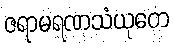
ဇရာမရဏသံယုတေ